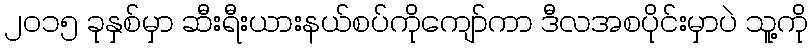
၂၀၁၅ ခုနှစ်မှာ ဆီးရီးယားနယ်စပ်ကိုကျော်ကာ ဒီလအစပိုင်းမှာပဲ သူ့ကို